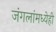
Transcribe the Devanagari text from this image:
जंगलांमध्येही